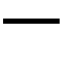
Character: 一